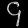
Digit: ၄